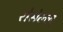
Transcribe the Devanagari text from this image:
रोसेल्ल्